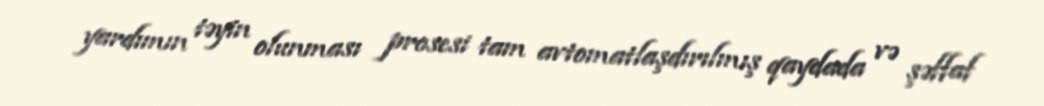
yardımın təyin olunması prosesi tam avtomatlaşdırılmış qaydada və şəffaf